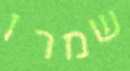
שמרו